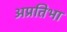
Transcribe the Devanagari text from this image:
अप्रतिभा